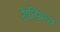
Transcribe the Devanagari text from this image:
रीतिग्रन्थ